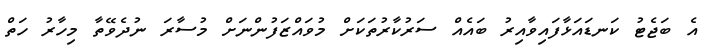
އެ ބަޖެޓު ކަނޑައަޅާފައިވާއިރު ބައެއް ސަރުކާރުތަކަށް މުވައްޒަފުންނަށް މުސާރަ ނުދެވޭތާ މިހާރު ހަތް